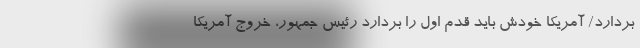
بردارد/ آمریکا خودش باید قدم اول را بردارد رئیس جمهور، خروج آمریکا